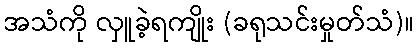
အသံကို လှူခဲ့ရကျိုး (ခရုသင်းမှုတ်သံ)။